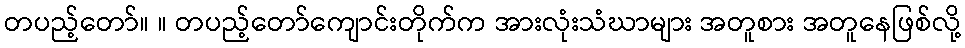
တပည့်တော်။ ။ တပည့်တော်ကျောင်းတိုက်က အားလုံးသံဃာများ အတူစား အတူနေဖြစ်လို့